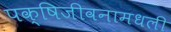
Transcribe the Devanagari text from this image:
पक्षिजीवनामधली